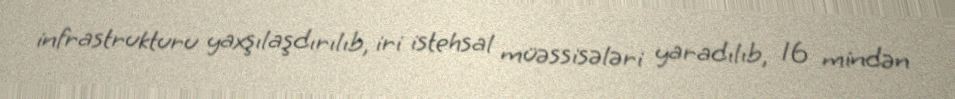
infrastrukturu yaxşılaşdırılıb, iri istehsal müəssisələri yaradılıb, 16 mindən